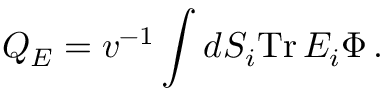
Q _ { E } = v ^ { - 1 } \int d S _ { i } \mathrm { T r } \, E _ { i } \Phi \, .